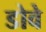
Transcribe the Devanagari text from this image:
डोवे